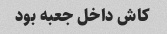
کاش داخل جعبه بود